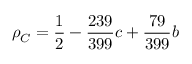
\rho _ { C } = \frac { 1 } { 2 } - \frac { 2 3 9 } { 3 9 9 } c + \frac { 7 9 } { 3 9 9 } b